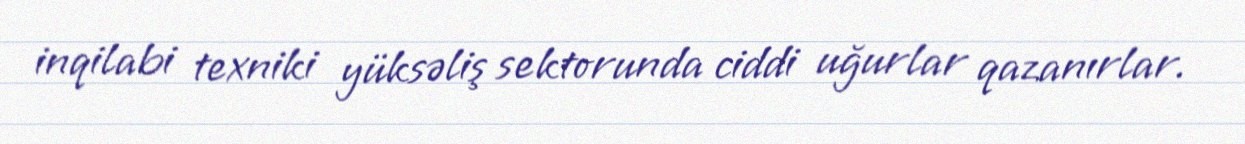
inqilabi texniki yüksəliş sektorunda ciddi uğurlar qazanırlar.